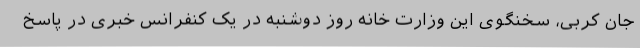
جان کربی، سخنگوی این وزارت خانه روز دوشنبه در یک کنفرانس خبری در پاسخ